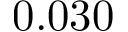
0 . 0 3 0